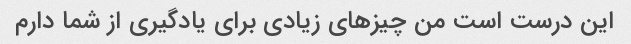
این درست است من چیزهای زیادی برای یادگیری از شما دارم